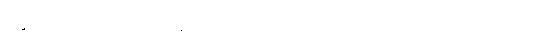
လိစ္ဆုဝီမင်းသားတို့အား။ ကာမညေဝ၊ ဝတ္ထုကာမ ကိလောသာကာမကိုသာလျှင်။ အာရဗ္ဘ၊